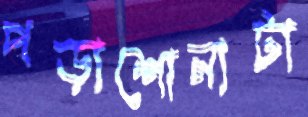
পড়াশোনাটা